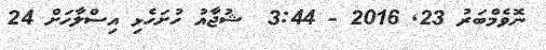
ނޮވެމްބަރު 23